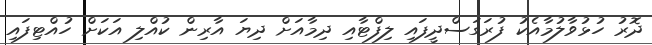
ދޮރު ހުޅުވާލުމާއެކު ފުރަގަސްދީފައި ލިފްޓާއި ދިމާއަށް ދިޔަ އާރިން ކުއްލި އަކަށް ހުއްޓިފައި